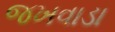
જખવાડા